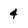
Character: 4